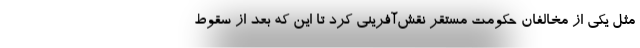
مثل یکی از مخالفان حکومت مستقر نقش‌آفرینی کرد تا این که بعد از سقوط